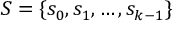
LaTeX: S = \{ s _ { 0 } , s _ { 1 } , \ldots , s _ { k - 1 } \}